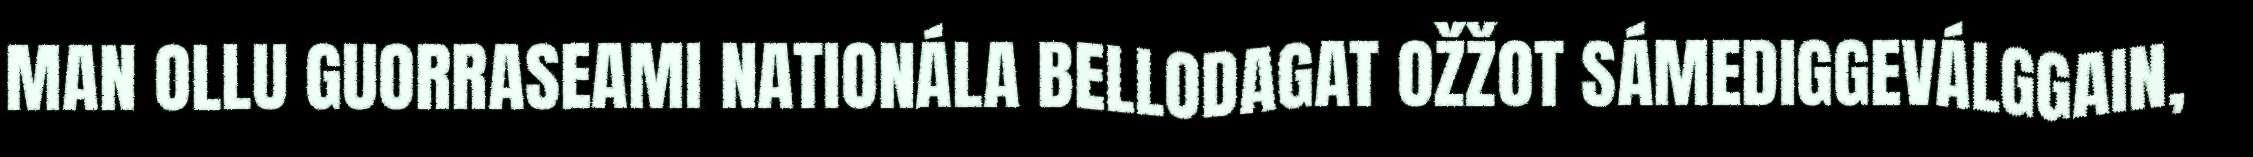
MAN OLLU GUORRASEAMI NATIONÁLA BELLODAGAT OŽŽOT SÁMEDIGGEVÁLGGAIN,